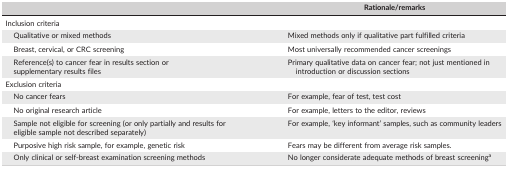
<table><thead><tr><td></td><td><b>Rationale/remarks</b></td></tr></thead><tbody><tr><td>Inclusion criteria</td><td></td></tr><tr><td>Qualitative or mixed methods</td><td>Mixed methods only if qualitative part fulfilled criteria</td></tr><tr><td>Breast, cervical, or CRC screening</td><td>Most universally recommended cancer screenings</td></tr><tr><td>Reference(s) to cancer fear in results section or supplementary results files</td><td>Primary qualitative data on cancer fear; not just mentioned in introduction or discussion sections</td></tr><tr><td>Exclusion criteria</td><td></td></tr><tr><td>No cancer fears</td><td>For example, fear of test, test cost</td></tr><tr><td>No original research article</td><td>For example, letters to the editor, reviews</td></tr><tr><td>Sample not eligible for screening (or only partially and results for eligible sample not described separately)</td><td>For example, ‘key informant’ samples, such as community leaders</td></tr><tr><td>Purposive high risk sample, for example, genetic risk</td><td>Fears may be different from average risk samples.</td></tr><tr><td>Only clinical or self‐breast examination screening methods</td><td>No longer considerate adequate methods of breast screeninga</td></tr></tbody></table>